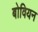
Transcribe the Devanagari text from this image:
बोवियन